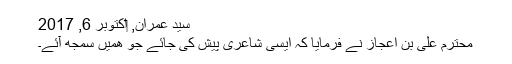
سید عمران, ‏اکتوبر 6, 2017
محترم علی بن اعجاز نے فرمایا کہ ایسی شاعری پیش کی جائے جو ھمیں سمجھ آئے۔